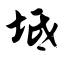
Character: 坻